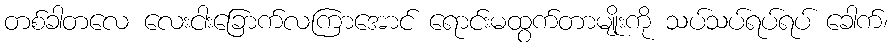
တစ်ခါတလေ လေးငါးခြောက်လကြာအောင် ရောင်းမထွက်တာမျိုးကို သပ်သပ်ရပ်ရပ် ခေါက်၊